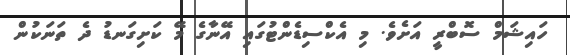
ހައިޝަމް ސޮބްރީ އަށެވެ. މި އެކްސިޑެންޓުގައި އޭނާގެ މޭ ކަށިގަނޑު ދެ ތަނަކުން